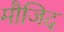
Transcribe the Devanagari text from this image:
मौजिद